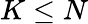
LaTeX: K\leq N